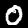
Digit: 0